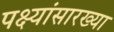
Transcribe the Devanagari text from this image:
पक्ष्यांसारख्या